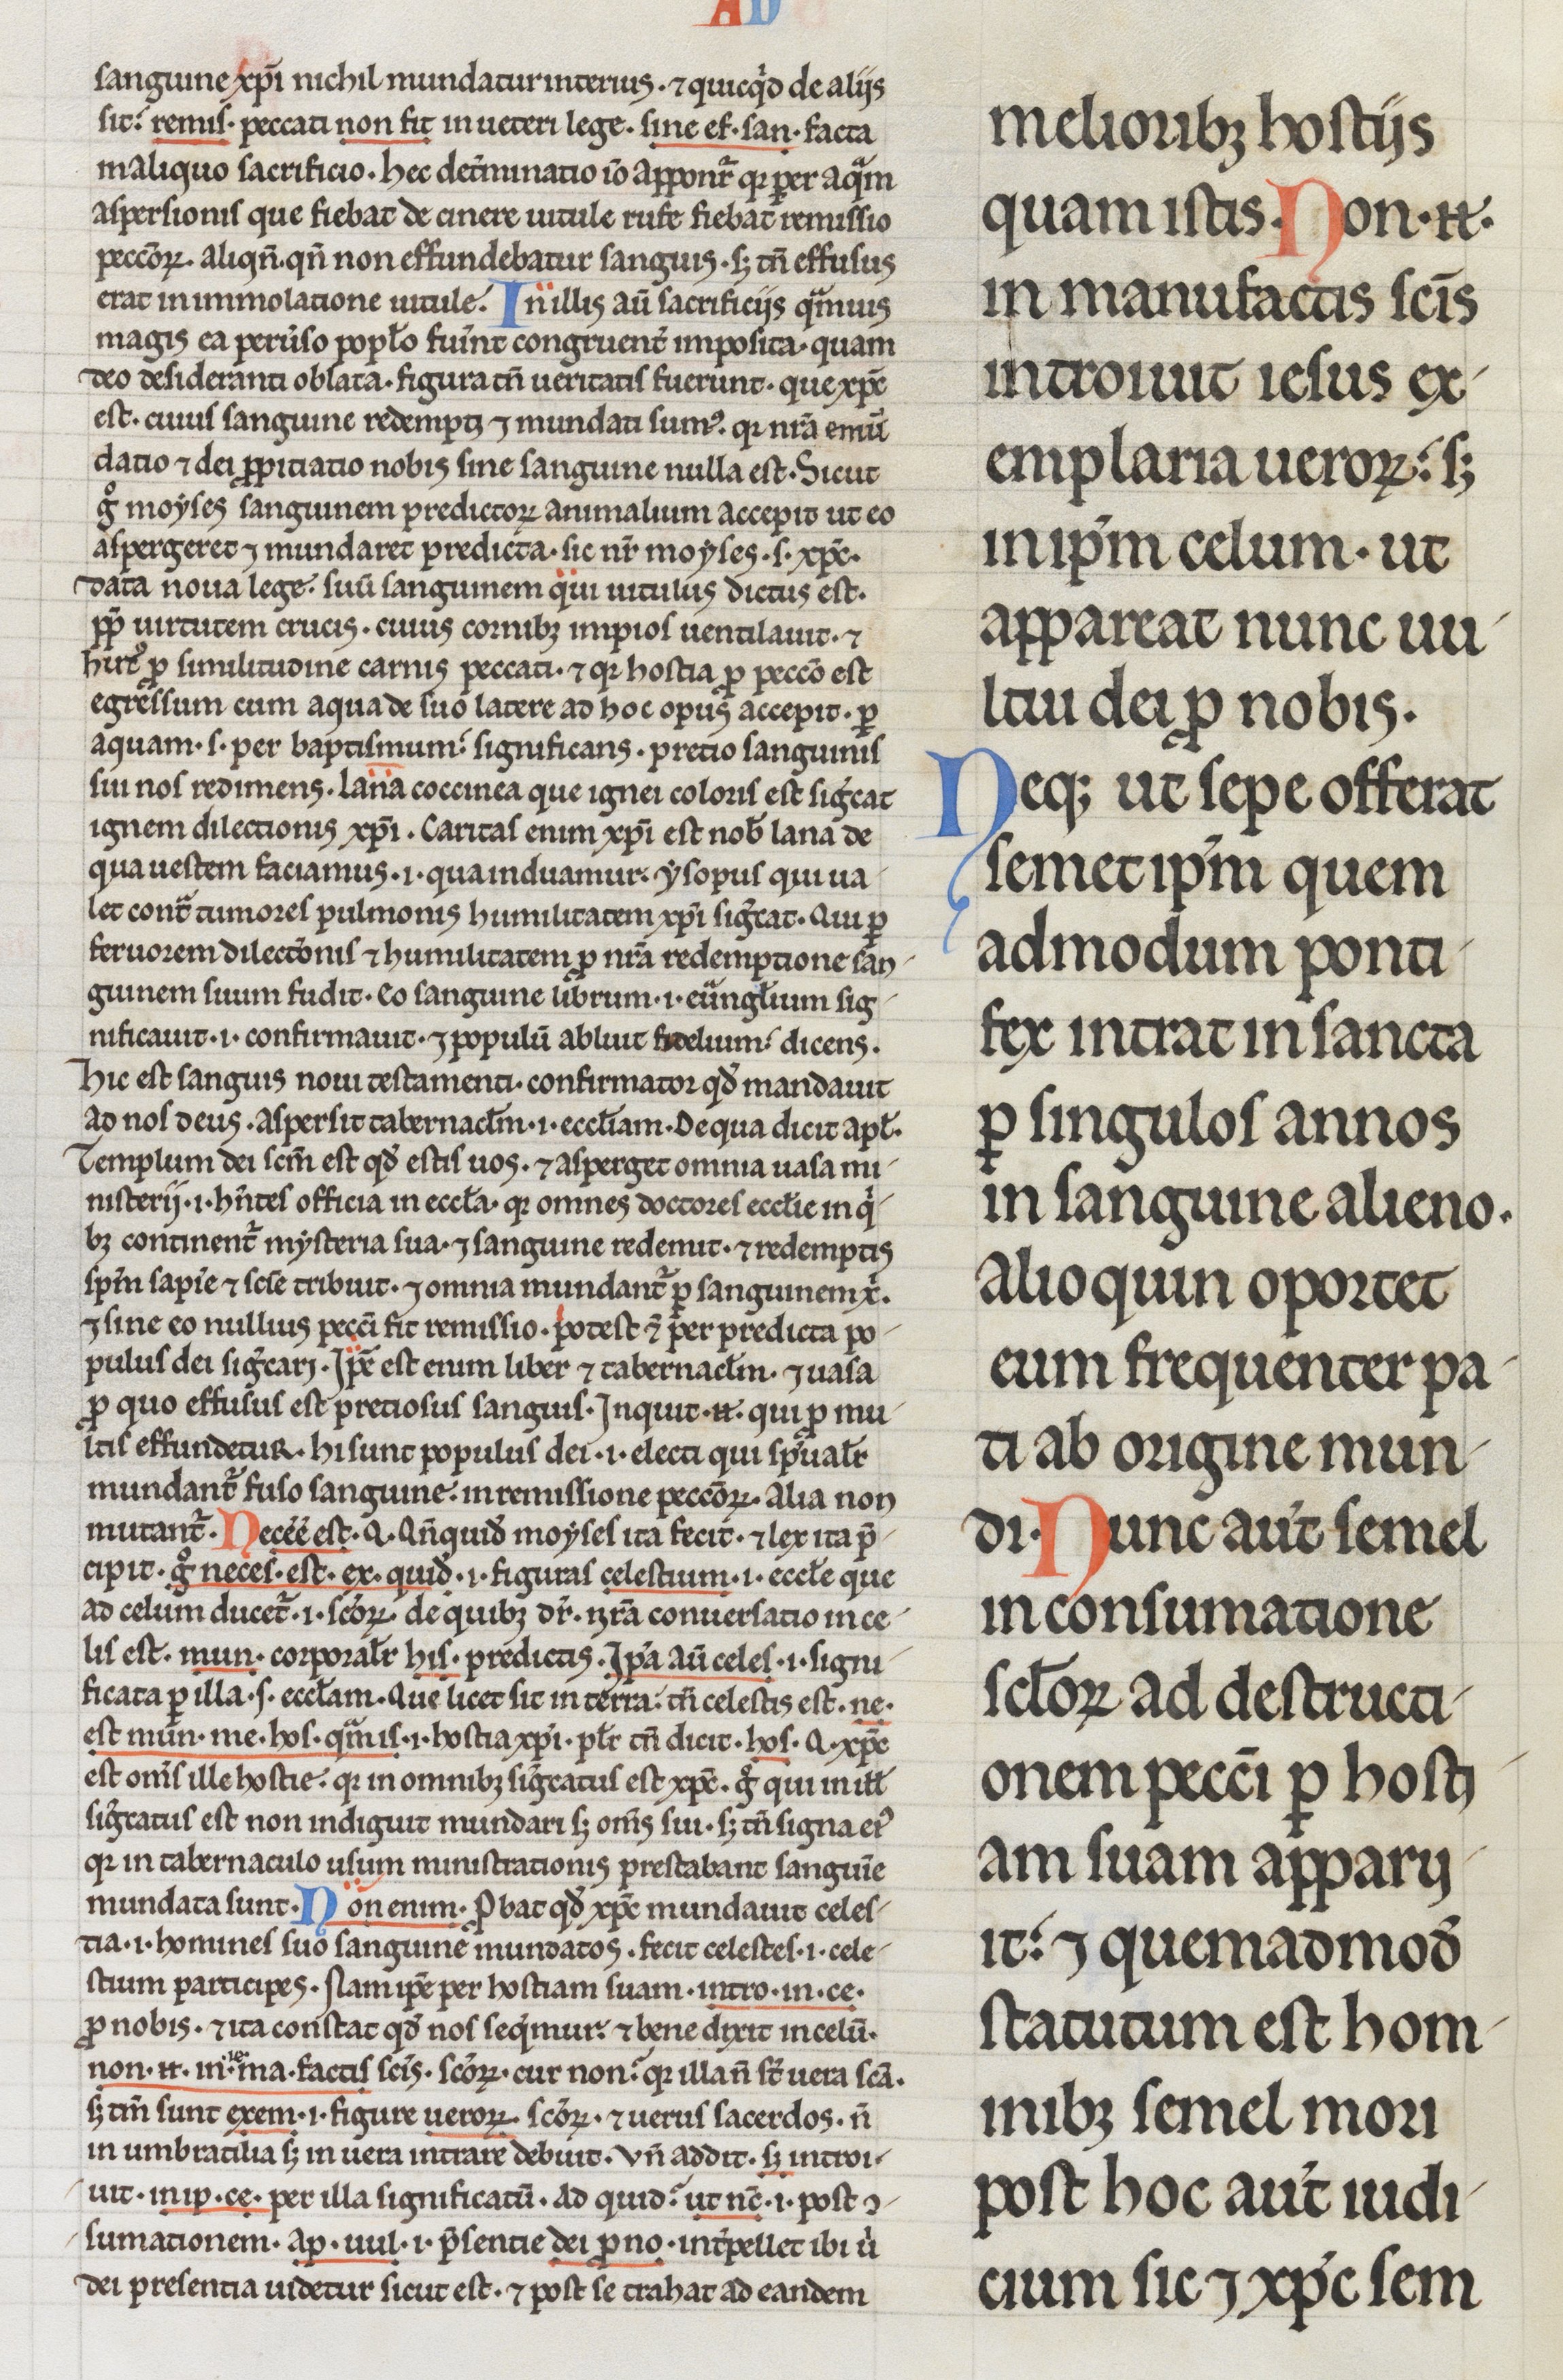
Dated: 1200–1299